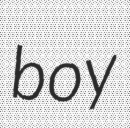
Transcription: boy